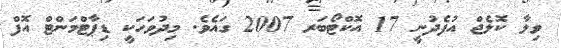
ވިލާ ކޮލެޖް އުފެދުނީ 17 އޮކްޓޯބަރ 2007 ގައެވެ. މިދުވަހަކީ ޑިޕާޓްމަންޓް އޮފް